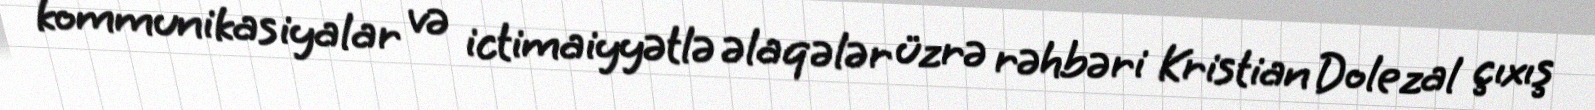
kommunikasiyalar və ictimaiyyətlə əlaqələr üzrə rəhbəri Kristian Dolezal çıxış